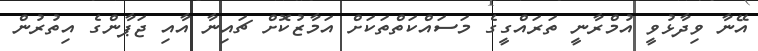
އޭނާ ވިދާޅުވީ އުމްރާނީ ތަރައްގީގެ މަސައްކަތްތަކަށް އަމާޒުކޮށް ޗައިނާ އާއި ޖަޕާންގެ އިތުރުން